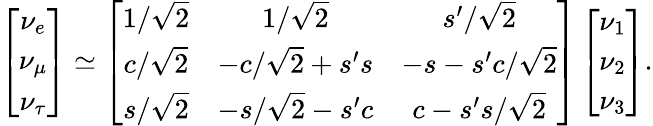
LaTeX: \left[\begin{array}{c}{{\nu_{e}}}\\ {{\nu_{\mu}}}\\ {{\nu_{\tau}}}\end{array}\right]\simeq\left[\begin{array}{ccc}{{1/\sqrt 2}}&{{1/\sqrt 2}}&{{s^{\prime}/\sqrt 2}}\\ {{c/\sqrt 2}}&{{-c/\sqrt 2+s^{\prime}s}}&{{-s-s^{\prime}c/\sqrt 2}}\\ {{s/\sqrt 2}}&{{-s/\sqrt 2-s^{\prime}c}}&{{c-s^{\prime}s/\sqrt 2}}\end{array}\right]\left[\begin{array}{c}{{\nu_{1}}}\\ {{\nu_{2}}}\\ {{\nu_{3}}}\end{array}\right].